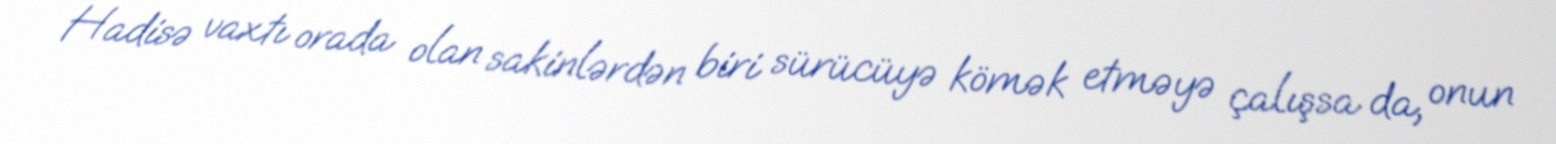
Hadisə vaxtı orada olan sakinlərdən biri sürücüyə kömək etməyə çalışsa da, onun